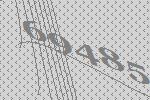
69485